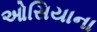
ઓસિયાના